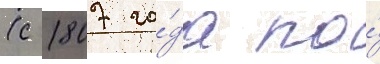
(с 1807 го́да по́